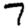
Digit: 7